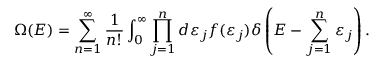
\Omega ( E ) = \sum _ { n = 1 } ^ { \infty } { \frac { 1 } { n ! } } \int _ { 0 } ^ { \infty } \prod _ { j = 1 } ^ { n } d \varepsilon _ { j } f ( \varepsilon _ { j } ) \delta \left( E - \sum _ { j = 1 } ^ { n } \varepsilon _ { j } \right) .